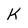
Character: K